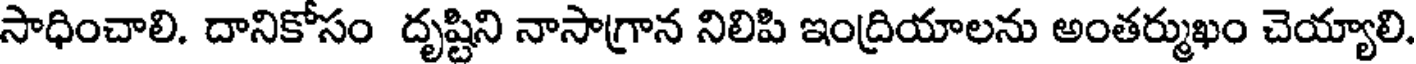
సాధించాలి. దానికోసం దృష్టిని నాసాగ్రాన నిలిపి ఇంద్రియాలను అంతర్ముఖం చెయ్యాలి.